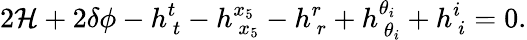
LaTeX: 2{\cal H}+2\delta\phi-h_{~t}^{t}-h_{~x_{5}}^{x_{5}}-h_{~r}^{r}+h_{~\theta_{i}}^{\theta_{i}}+h_{~i}^{i}=0.